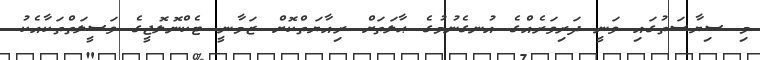
މި ސިޔާސަތުގައި ވަނީ ދަރިވަރެއްގެ އުނގެނުމުގެ ޙާލަތަށް ރިއާޔަތްކޮށް ޒަމާނީ ޓެކްނޮލޮޖީގެ ވަސީލަތްތަކާއެކު